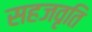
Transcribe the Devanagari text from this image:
सहजवृति